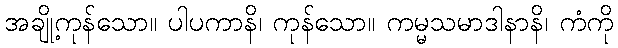
အချို့ကုန်သော။ ပါပကာနိ၊ ကုန်သော။ ကမ္မသမာဒါနာနိ၊ ကံကို